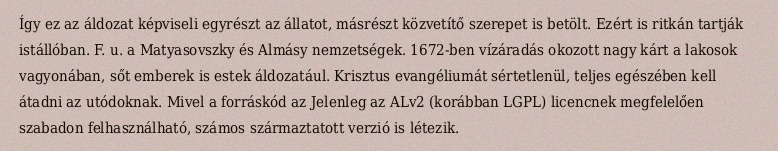
Így ez az áldozat képviseli egyrészt az állatot, másrészt közvetítő szerepet is betölt. Ezért is ritkán tartják istállóban. F. u. a Matyasovszky és Almásy nemzetségek. 1672-ben vízáradás okozott nagy kárt a lakosok vagyonában, sőt emberek is estek áldozatául. Krisztus evangéliumát sértetlenül, teljes egészében kell átadni az utódoknak. Mivel a forráskód az Jelenleg az ALv2 (korábban LGPL) licencnek megfelelően szabadon felhasználható, számos származtatott verzió is létezik.